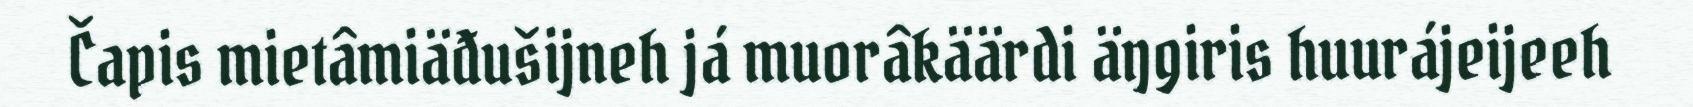
Čapis mietâmiäđušijneh já muorâkäärdi äŋgiris huurájeijeeh